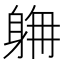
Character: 𨉄